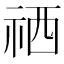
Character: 𥙘